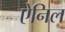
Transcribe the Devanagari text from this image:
ऐनिल